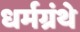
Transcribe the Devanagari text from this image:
धर्मग्रंथे